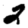
Digit: 2